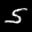
Label: 5